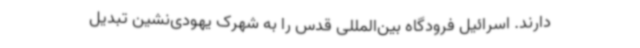
دارند. اسرائیل فرودگاه بین‌المللی قدس را به شهرک یهودی‌نشین تبدیل